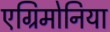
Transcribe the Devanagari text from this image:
एग्रिमोनिया